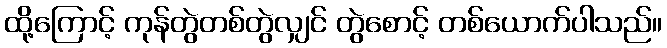
ထို့ကြောင့် ကုန်တွဲတစ်တွဲလျှင် တွဲစောင့် တစ်ယောက်ပါသည်။